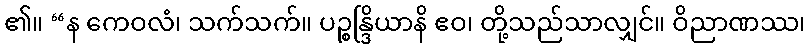
၏။ “န ကေဝလံ၊ သက်သက်။ ပဉ္စန္ဒြိယာနိ ဧဝ၊ တို့သည်သာလျှင်။ ဝိညာဏဿ၊